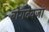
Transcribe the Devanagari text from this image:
बोगदेवजा